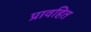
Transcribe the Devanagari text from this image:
प्रावहित